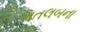
મતલબના